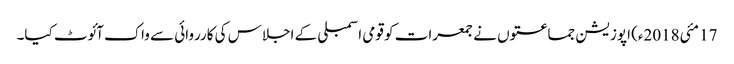
17 مئی2018ء) اپوزیشن جماعتوں نے جمعرات کو قومی اسمبلی کے اجلاس کی کارروائی سے واک آئوٹ کیا۔